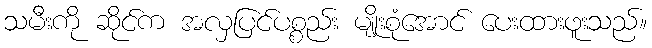
သမီးကို ဆိုင်က အလှပြင်ပစ္စည်း မျိုးစုံအောင် ပေးထားဖူးသည်။